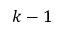
k - 1